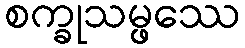
စက္ခုသမ္ဖဿေ